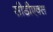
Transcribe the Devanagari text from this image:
सीडीएक्स